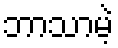
ဘာသာမဲ့